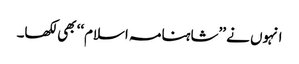
انہوں نے ’’شاہنامہ اسلام‘‘ بھی لکھا۔